Mental hospitals Bombay report 1921-28 - 1921-1928
Year: 1921
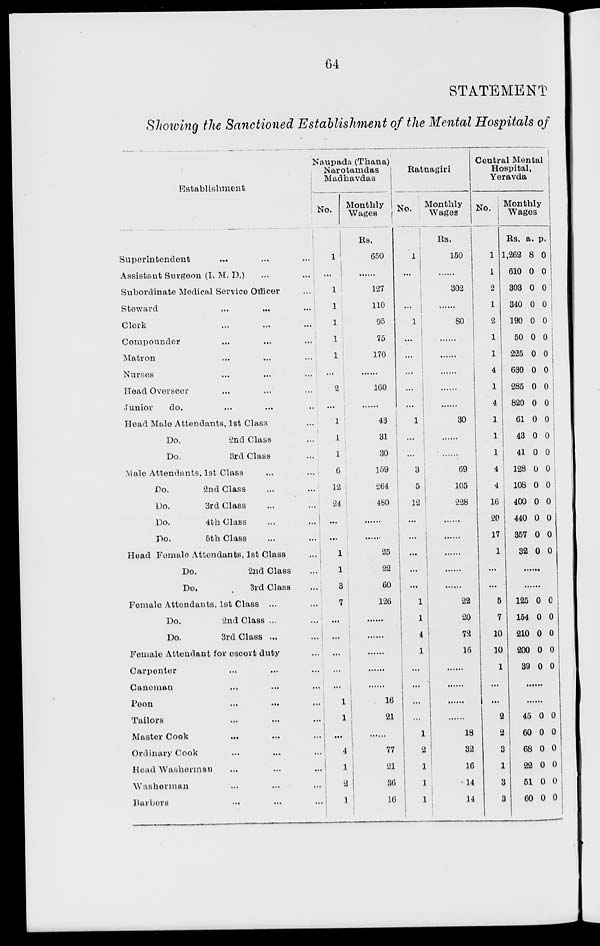
64
STATEMENT
Showing the Sanctioned Establishment of the Mental Hospitals of
Establishment
Superintendent ... ... ...
Assistant Surgeon (I. M. D.) ... ...
Subordinate Medical Service Officer ...
Steward ... ... ...
Clerk ... ... ...
Compounder ... ... ...
Matron ... ... ...
Nurses ... ... ...
Head Overseer ... ... ...
Junior
do. ... ... ...
Head Male Attendants, 1st Class ...
Do.
2nd Class ...
Do.
3rd Class ...
Male Attendants, 1st Class ... ...
Do.
2nd Class ... ...
Do.
3rd Class ... ...
Do.
4th Class ... ...
Do.
5th Class ... ...
Head Female Attendants, 1st Class ...
Do.
2nd Class ...
Do.
3rd
Class ...
Female Attendants, 1st Class ... ...
Do.
2nd Class ... ...
Do.
3rd Class ... ...
Female Attendant for escort duty ...
Carpenter ... ... ...
Caneman
... ...
...
Peon ... ... ...
Tailors ... ... ...
Master Cook ... ... ...
Ordinary Cook ... ...
Head Washerman ... ... ...
Washerman ... ... ...
Harbors ... ... ...
Naupada (Thana)
Narotarndas
Madhavdas
No.
1
...
1
1
1
1
1
...
2
...
1
1
1
6
12
24
...
...
1
1
3
7
...
...
...
...
...
1
1
...
4
1
2
1
Monthly
Wages
Rs.
650
......
127
110
95
75
170
......
160
43
31
30
159
264
480
......
......
25
22
60
126
......
......
......
......
......
16
21
......
77
21
36
16
Ratnagiri
No.
1
...
...
1
...
...
...
...
...
1
...
...
3
5
12
...
...
...
...
...
1
1
4
1
...
...
...
...
1
2
1
1
1
Monthly
Wages
Rs.
150
......
302
......
80
......
......
......
......
......
30
......
......
69
105
228
......
.
......
......
......
22
20
72
16
......
......
......
......
18
32
16
14
14
Central Mental
Hospital,
Yeravda
No.
1
1
2
1
2
1
1
4
1
4
1
1
1
4
4
16
20
17
1
...
...
5
7
10
10
1
...
...
2
2
3
1
3
3
Monthly
Wages
Rs.
1,262
610
303
340
190
50
225
630
285
820
61
43
41
128
108
400
440
357
32
a.
8
0
0
0
0
0
0
0
0
0
0
0
0
0
0
0
0
0
0
p.
0
0
0
0
0
0
0
0
0
0
0
0
0
0
0
0
0
0
0
......
......
125
154
210
200
39
0
0
0
0
0
0
0
0
0
0
......
......
46
60
68
22
51
60
0
0
0
0
0
0
0
0
0
0
0
0